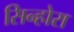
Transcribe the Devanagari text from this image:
सिन्होरा